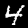
Digit: 4